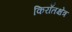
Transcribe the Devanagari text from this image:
किराँतक्षेत्र